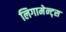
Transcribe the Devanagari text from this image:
लिगामेन्ट्स